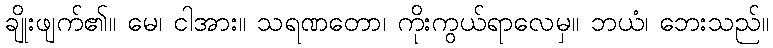
ချိုးဖျက်၏။ မေ၊ ငါအား။ သရဏတော၊ ကိုးကွယ်ရာလေမှ။ ဘယံ၊ ဘေးသည်။